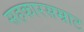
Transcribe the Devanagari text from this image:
सहकारसम्राट